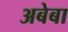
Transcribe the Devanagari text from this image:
अबेबा